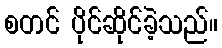
စတင် ပိုင်ဆိုင်ခဲ့သည်။